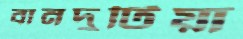
বানদুটিয়া